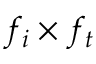
f _ { i } \times f _ { t }